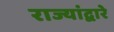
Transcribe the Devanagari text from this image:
राज्यांद्वारे